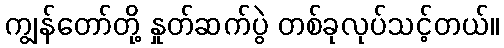
ကျွန်တော်တို့ နှုတ်ဆက်ပွဲ တစ်ခုလုပ်သင့်တယ်။